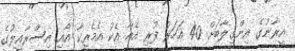
އީރާނުގެ އިންގިލާބަށް 40 އަހަރު ފުރި އެއާ އެކު އެމެރިކާ އާއި އިސްރާއީލުގެ